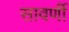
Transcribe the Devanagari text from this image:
सावर्णी